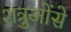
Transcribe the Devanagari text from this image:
शत्रुओंसे